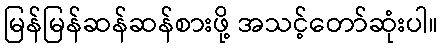
မြန်မြန်ဆန်ဆန်စားဖို့ အသင့်တော်ဆုံးပါ။